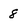
Character: 8